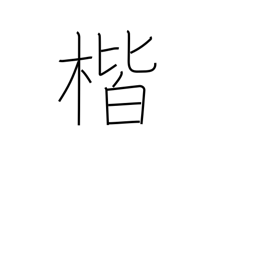
Meaning: correctness